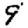
Digit: 9